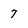
Character: 7